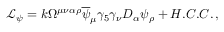
\mathcal { L } _ { \psi } = k \Omega ^ { \mu \nu \alpha \rho } \overline { { { \psi } } } _ { \mu } \gamma _ { 5 } \gamma _ { \nu } D _ { \alpha } \psi _ { \rho } + H . C . C . \, ,